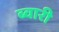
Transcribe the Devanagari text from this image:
ब्वारी